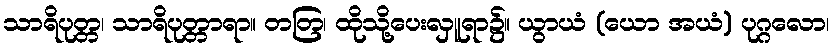
သာရိပုတ္တ၊ သာရိပုတ္တာရာ။ တတြ၊ ထိုသို့ပေးလှူရာ၌။ ယွာယံ (ယော အယံ) ပုဂ္ဂလော၊